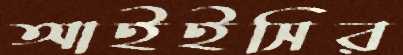
আইইসির